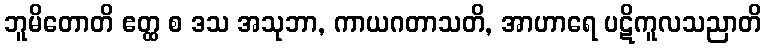
ဘူမိတောတိ ဧတ္ထ စ ဒသ အသုဘာ, ကာယဂတာသတိ, အာဟာရေ ပဋိကူလသညာတိ